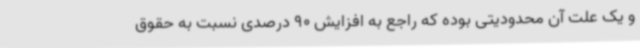
و یک علت آن محدودیتی بوده که راجع به افزایش 90 درصدی نسبت به حقوق